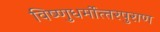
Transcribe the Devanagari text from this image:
विष्‍णुधर्मोत्‍तरपुराण